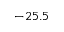
- 2 5 . 5